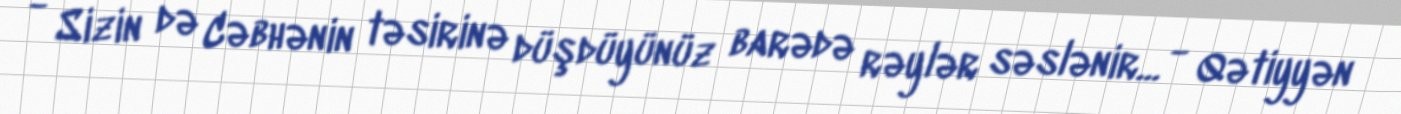
- Sizin də Cəbhənin təsirinə düşdüyünüz barədə rəylər səslənir... - Qətiyyən